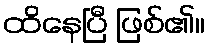
ထိနေပြီ ဖြစ်၏။